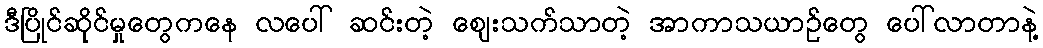
ဒီပြိုင်ဆိုင်မှုတွေကနေ လပေါ် ဆင်းတဲ့ ဈေးသက်သာတဲ့ အာကာသယာဉ်တွေ ပေါ်လာတာနဲ့